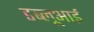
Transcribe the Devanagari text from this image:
डब्लूआई